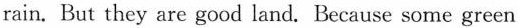
rain. But they are good land. Because some green